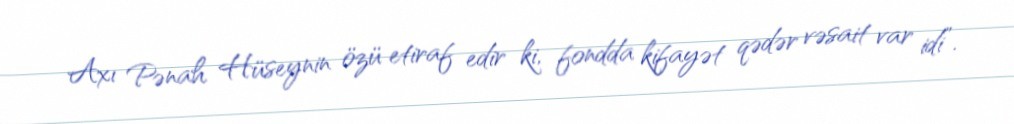
Axı Pənah Hüseynin özü etiraf edir ki, fondda kifayət qədər vəsait var idi”.